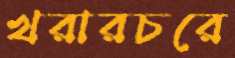
খরারচরে